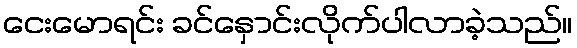
ငေးမောရင်း ခင်နှောင်းလိုက်ပါလာခဲ့သည်။